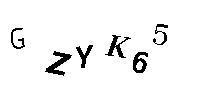
GZYK65